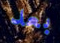
بعد